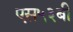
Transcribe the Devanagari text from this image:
एस५३बी